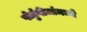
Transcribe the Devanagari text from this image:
पोर्तुगीजांमध्ये